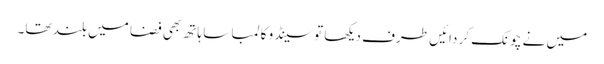
میں نے چونک کر دائیں طرف دیکھا تو سینڈو کا لمبا سا ہاتھ بھی فضا میں بلند تھا۔